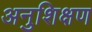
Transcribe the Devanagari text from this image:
अनुशिक्षण